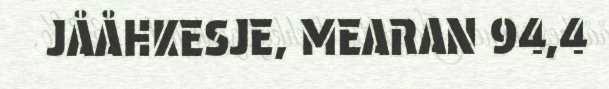
JÅÅHKESJE, MEARAN 94,4